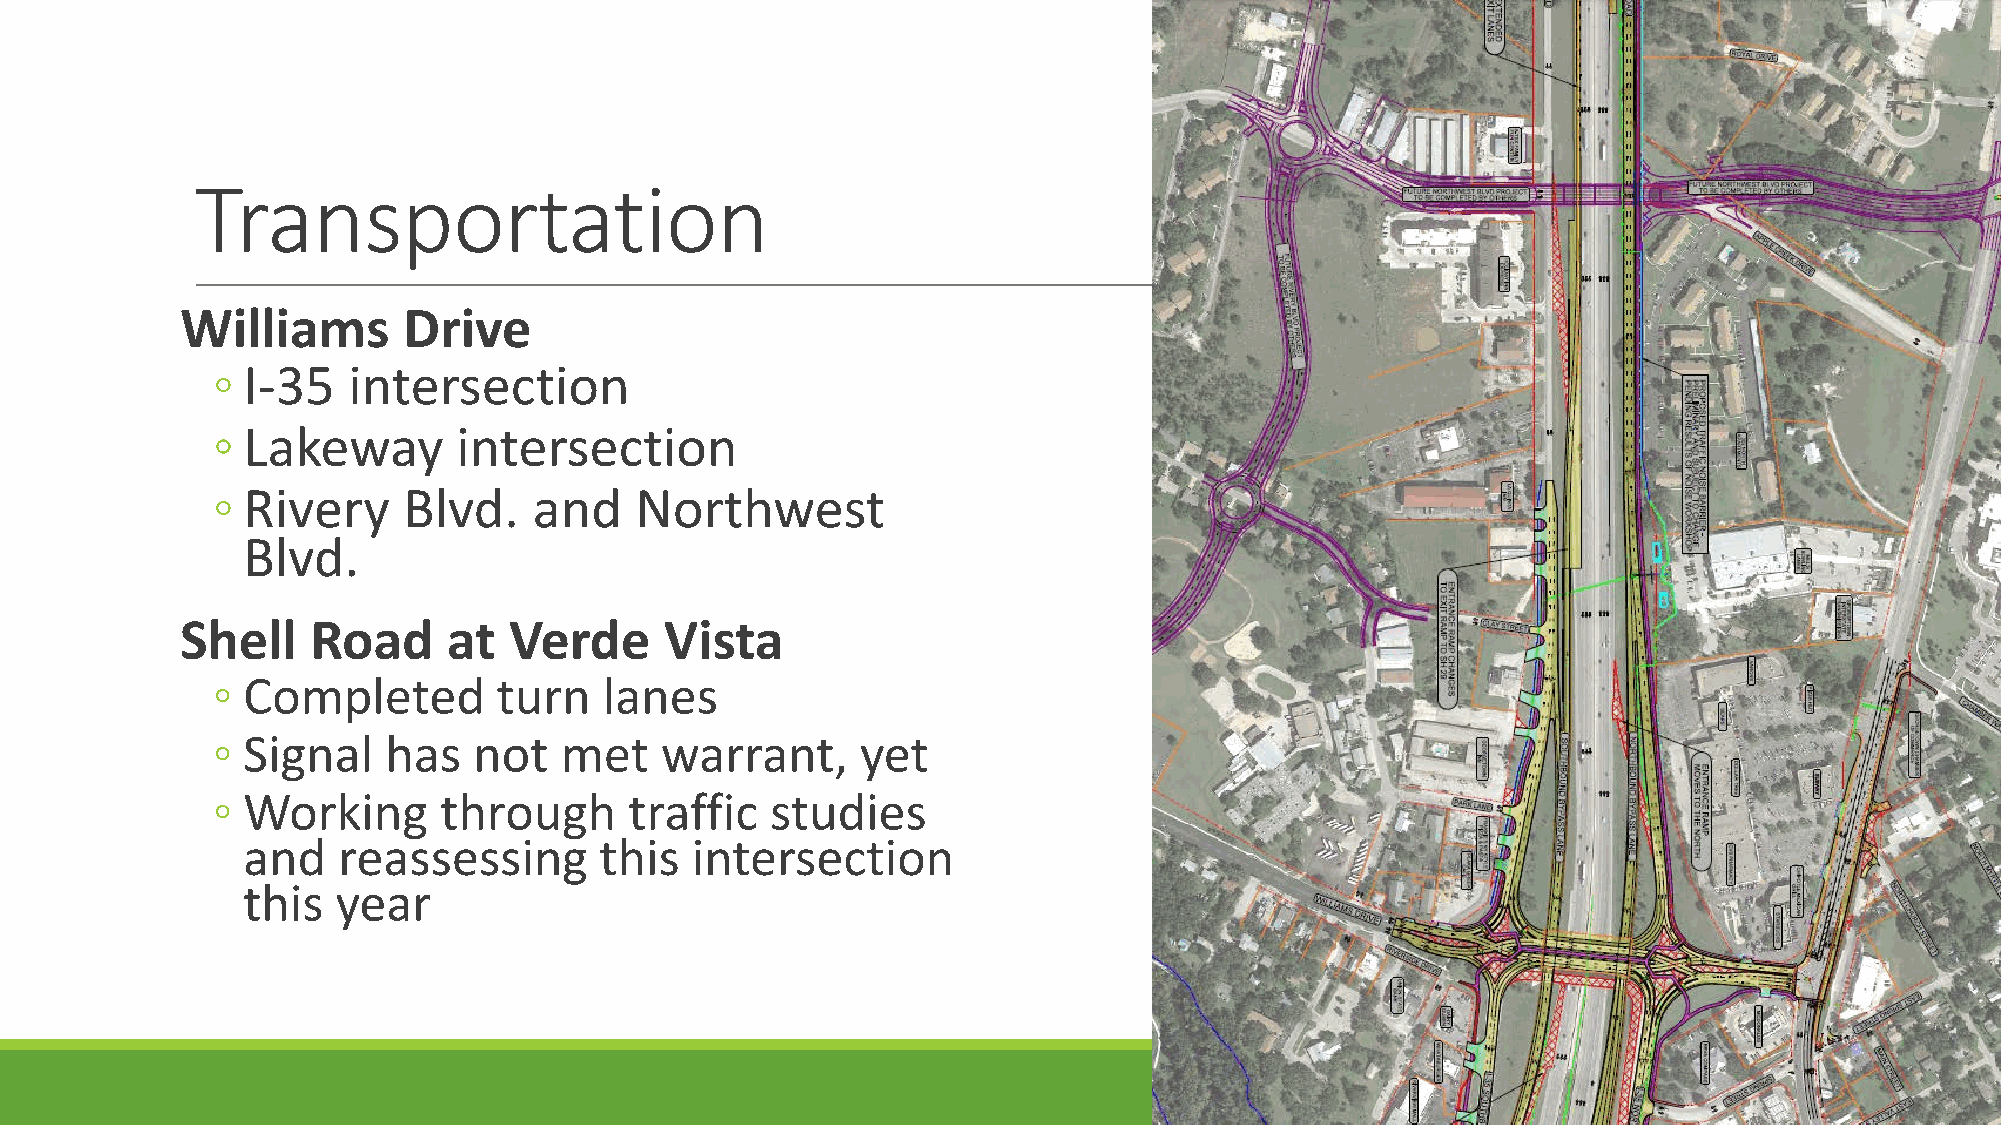
Transportation
 Williams       Drive
 ◦ I-35   intersection
 ◦ Lakeway       intersection
 ◦ Rivery     Blvd.   and    Northwest
 Blvd.
 Shell    Road     at  Verde     Vista
 ◦ Completed        turn   lanes
 ◦ Signal    has  not   met    warrant,     yet
 ◦ Working      through      traffic  studies
 and   reassessing       this  intersection
 this  year